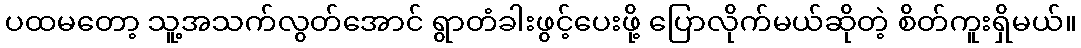
ပထမတော့ သူ့အသက်လွတ်အောင် ရွာတံခါးဖွင့်ပေးဖို့ ပြောလိုက်မယ်ဆိုတဲ့ စိတ်ကူးရှိမယ်။